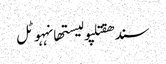
سندھقتلپولیستھانہہوٹل